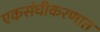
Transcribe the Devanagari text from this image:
एकसंघीकरणात